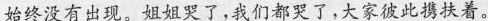
始终没有出现。姐姐哭了，我们都哭了，大家彼此携扶着。